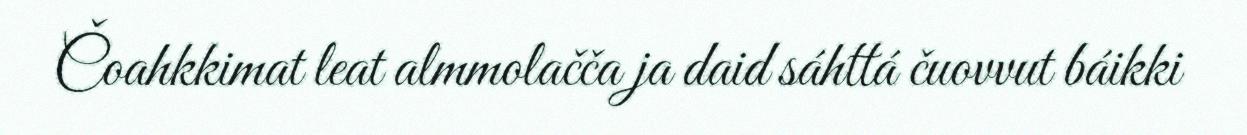
Čoahkkimat leat almmolačča ja daid sáhttá čuovvut báikki